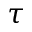
\tau